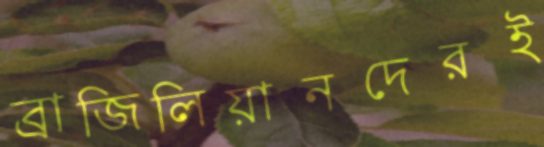
ব্রাজিলিয়ানদেরই